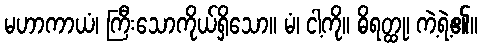
မဟာကာယံ၊ ကြီးသောကိုယ်ရှိသော။ မံ၊ ငါ့ကို။ ဓိရတ္ထု၊ ကဲ့ရဲ့၏။